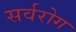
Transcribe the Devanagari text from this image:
सर्वरोग